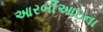
આરબીઆઇના